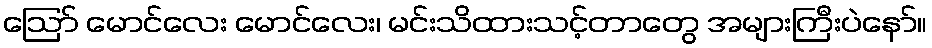
ဪ မောင်လေး မောင်လေး၊ မင်းသိထားသင့်တာတွေ အများကြီးပဲနော်။